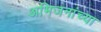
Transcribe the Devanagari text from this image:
अभिजनांच्या